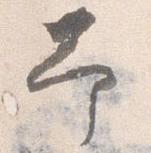
予